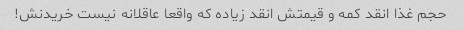
حجم غذا انقد کمه و قیمتش انقد زیاده که واقعا عاقلانه نیست خریدنش!